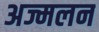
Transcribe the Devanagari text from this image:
अज्मलन